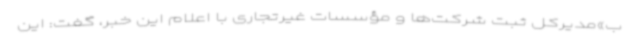
ب»مدیرکل ثبت شرکت‌ها و مؤسسات غیرتجاری با اعلام این خبر، گفت: این